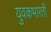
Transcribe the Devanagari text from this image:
युवकभारती